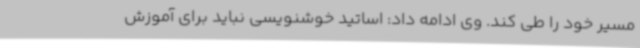
مسیر خود را طی کند. وی ادامه داد: اساتید خوشنویسی نباید برای آموزش